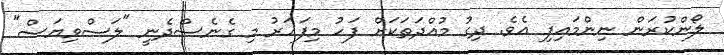
ލޯންކުރަން ނިންމައިފި އެވެ. ދިގު މުއްދަތަކަށް ފަހު މިފަހަރު މި ގެނެސްދެނީ "ލަސްވިޔަސް"